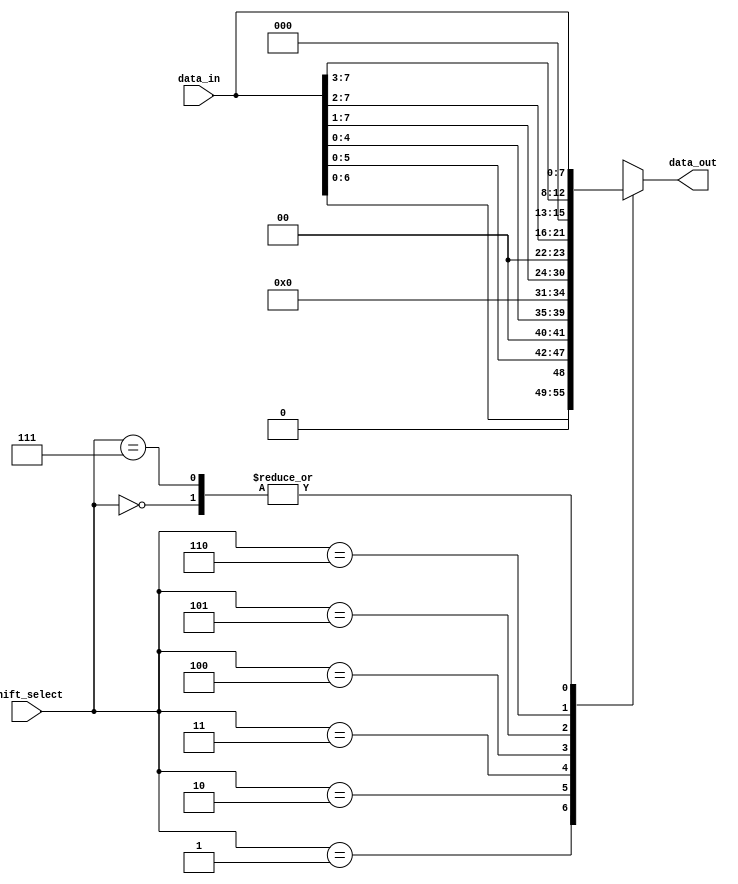
module Circular_Barrel_Shifter (
    input [7:0] data_in,
    input [2:0] shift_select,
    output reg [7:0] data_out
);

always @(*) begin
    case(shift_select)
        3'b000: data_out = data_in;
        3'b001: data_out = data_in << 1;
        3'b010: data_out = data_in << 2;
        3'b011: data_out = data_in << 3;
        3'b100: data_out = data_in >> 1;
        3'b101: data_out = data_in >> 2;
        3'b110: data_out = data_in >> 3;
        3'b111: data_out = data_in;
    endcase
end

endmodule